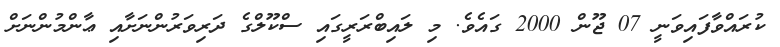
ކުރައްވާފައިވަނީ 07 ޖޫން 2000 ގައެވެ. މި ލައިބްރަރީގައި ސްކޫލްގެ ދަރިވަރުންނަށާއި ޢާންމުންނަށް